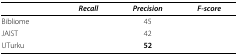
<table><thead><tr><td>[EMPTY_CELL]</td><td><b><i>Recall</i></b></td><td><b><i>Precision</i></b></td><td><b><i>F-score</i></b></td></tr></thead><tbody><tr><td>Bibliome</td><td>[EMPTY_CELL]</td><td>45</td><td>[EMPTY_CELL]</td></tr><tr><td>JAIST</td><td>[EMPTY_CELL]</td><td>42</td><td>[EMPTY_CELL]</td></tr><tr><td>UTurku</td><td>[EMPTY_CELL]</td><td><b>52</b></td><td>[EMPTY_CELL]</td></tr></tbody></table>